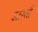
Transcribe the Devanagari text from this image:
उतरतीं